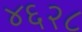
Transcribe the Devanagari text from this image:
४६२८